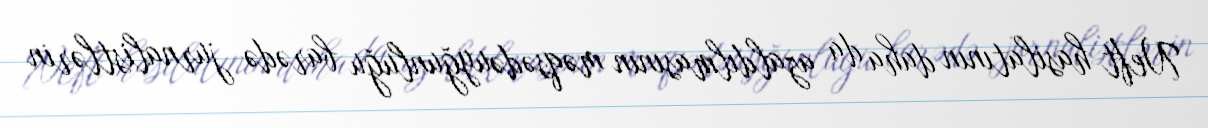
Neft hasilatının daha da azaldılmasının məqsədəuyğunluğu barədə jurnalistlərin